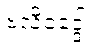
ဗလိဝဒ္ဒေါ